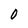
Character: 0